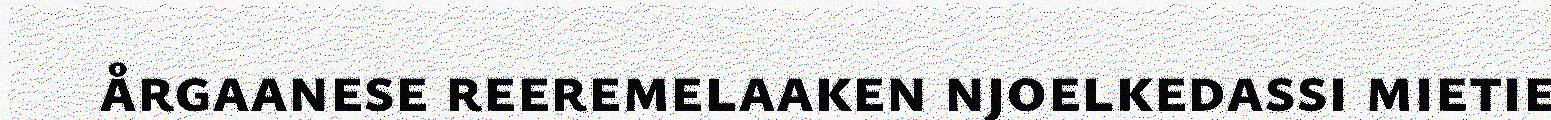
årgaanese reeremelaaken njoelkedassi mietie